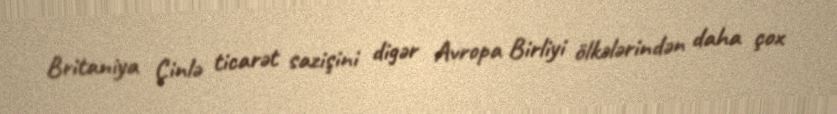
Britaniya Çinlə ticarət sazişini digər Avropa Birliyi ölkələrindən daha çox